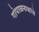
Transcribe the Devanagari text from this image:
गोपाळनाथांचे